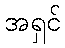
အရှင်